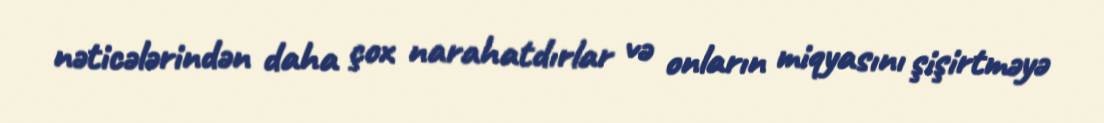
nəticələrindən daha çox narahatdırlar və onların miqyasını şişirtməyə